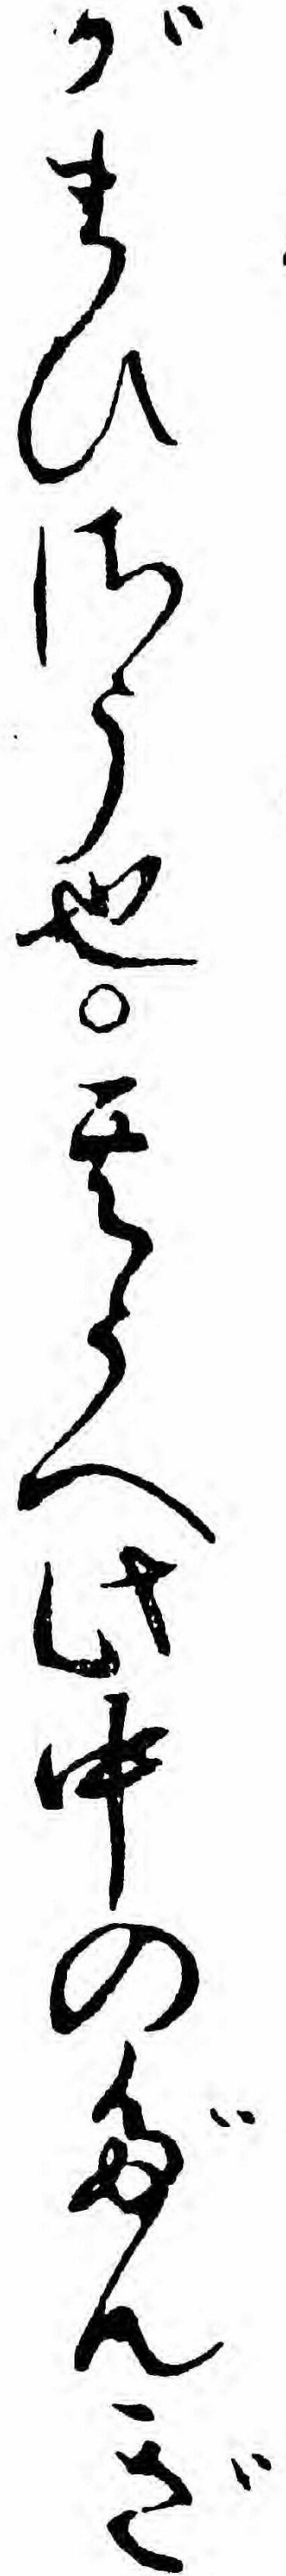
がまひさう也其うへ此中のだんぎ